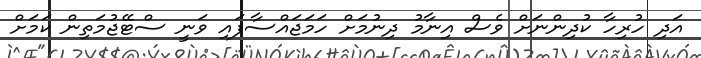
އަދި ހުރިހާ ކުދިންނަށް ވެސް އިނާމު ދިނުމަށް ހަމަޖައްސާފައި ވަނީ ސްޓޭޖުމަތިން ކަަމަށް